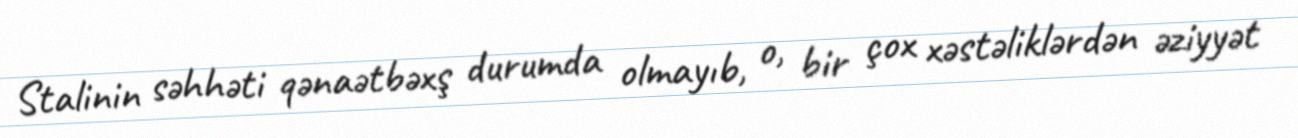
Stalinin səhhəti qənaətbəxş durumda olmayıb, o, bir çox xəstəliklərdən əziyyət